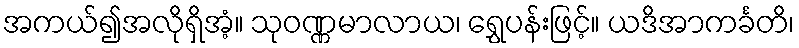
အကယ်၍အလိုရှိအံ့။ သုဝဏ္ဏမာလာယ၊ ရွှေပန်းဖြင့်။ ယဒိအာကင်္ခတိ၊